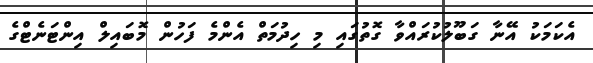
އެކަމަކު އޭނާ ގަބޫލުކުރައްވާ ގޮތުގައި މި ހިދުމަތް އެންމެ ފަހުން މޮބައިލް އިންޓަނެޓްގެ